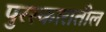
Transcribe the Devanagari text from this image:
पुरस्कारातील